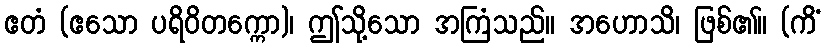
ဧတံ (ဧသော ပရိဝိတက္ကော)၊ ဤသို့သော အကြံသည်။ အဟောသိ၊ ဖြစ်၏။ (ကိံ